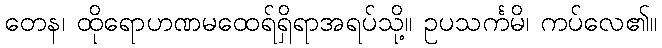
တေန၊ ထိုရောဟဏမထေရ်ရှိရာအရပ်သို့။ ဥပသင်္ကမိ၊ ကပ်လေ၏။